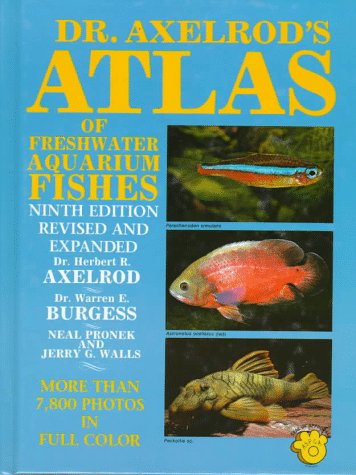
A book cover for Dr. Axelrod's Atlas of Freshwater Aquarium Fishes; Herbert R. Axelrod; Crafts, Hobbies & Home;